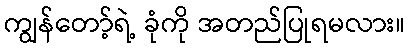
ကျွန်တော့်ရဲ့ ခုံကို အတည်ပြုရမလား။